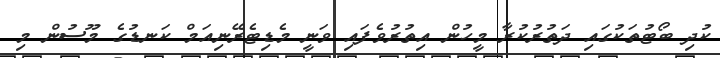
ކުދި ބޯޓުތަކުގައި ދަތުރުކުރާ މީހުން އިތުރުވެފައި ވަނީ މެޑިޓެރޭނިއަމް ކަނޑުގެ މޫސުން މި